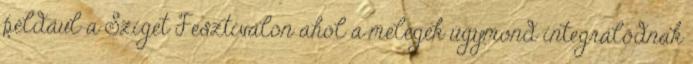
például a Sziget Fesztiválon ahol a melegek úgymond integrálódnak